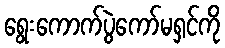
ရွေးကောက်ပွဲကော်မရှင်ကို